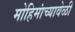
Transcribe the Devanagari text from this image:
मोहिमांच्यावेळी